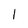
Character: 1